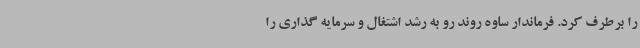
را برطرف کرد. فرماندار ساوه روند رو به رشد اشتغال و سرمایه گذاری را